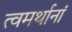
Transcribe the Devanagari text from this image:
त्वमर्थानां